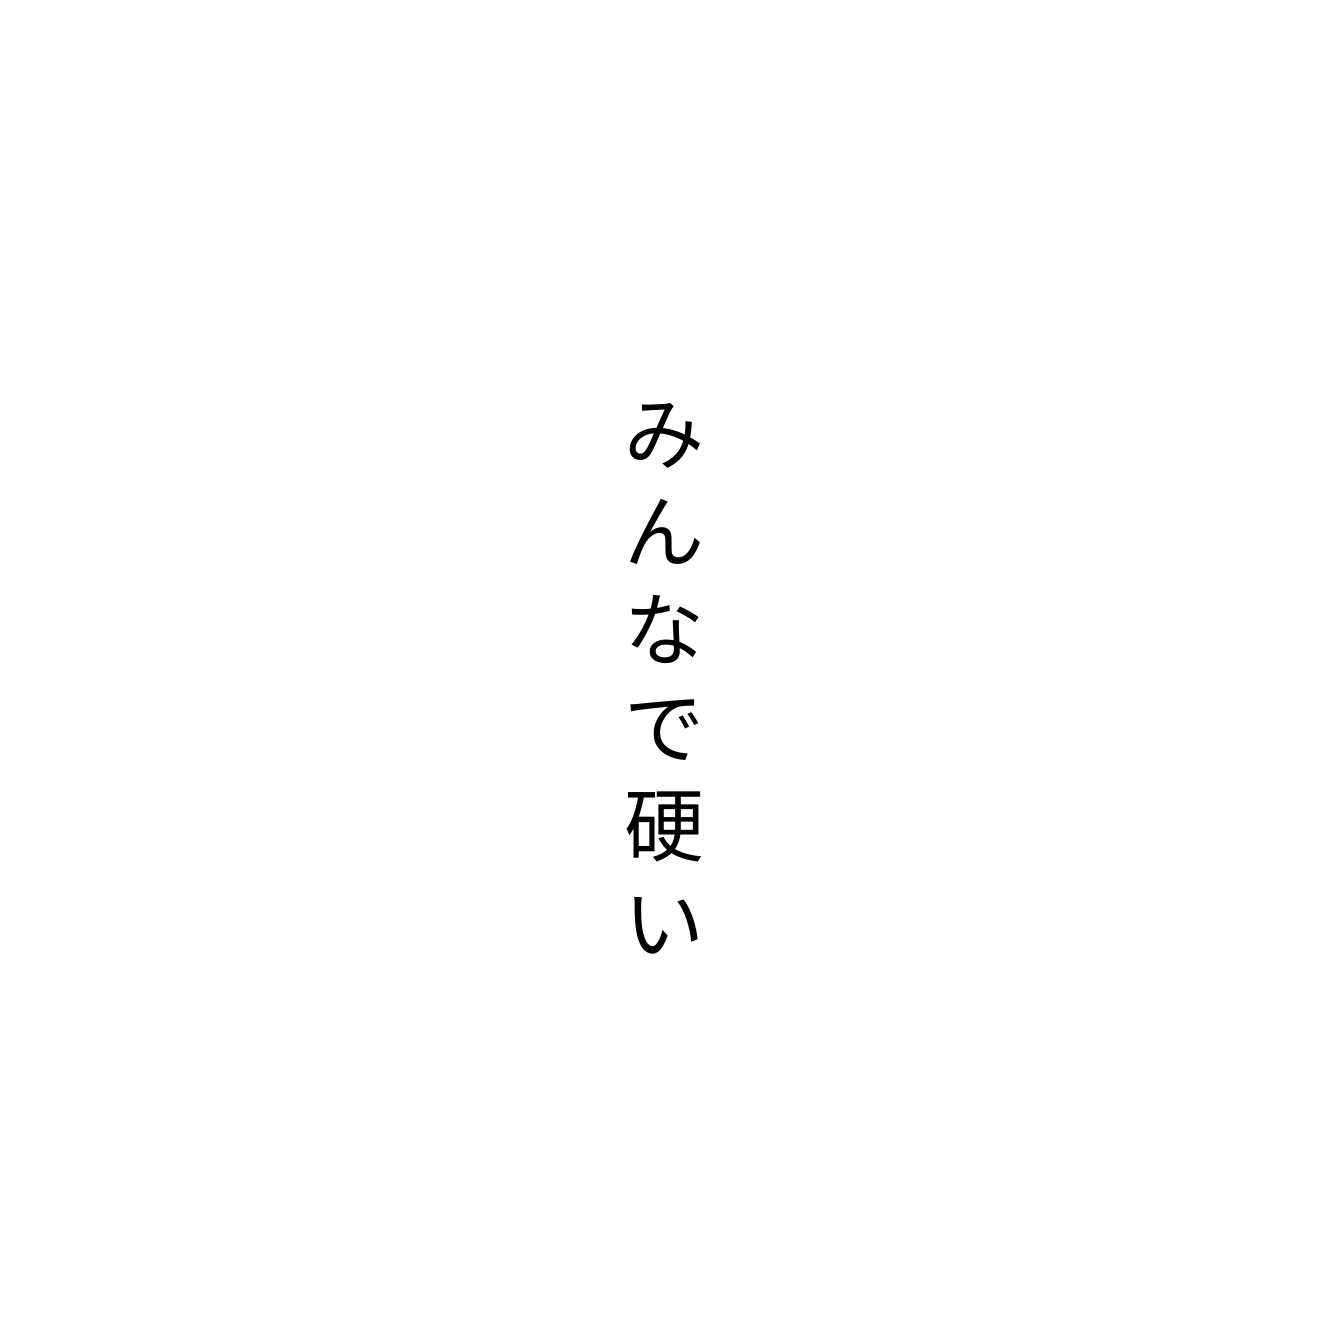
みんなで硬い